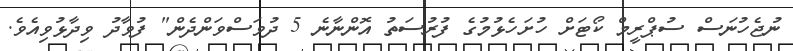
ނުޖެހުނަސް ސުޕްރީމް ކޯޓަށް ހުށަހެޅުމުގެ ފުރުސަތު އޮންނާނެ 5 ދުވަސްވަންދެން" ފުވާދު ވިދާޅުވިއެވެ.